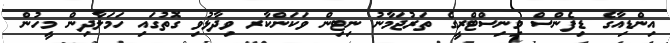
އިންޑިއާގެ ޑިފެންސް މިނިސްޓްރީގެ ތަރުޖަމާނު ނިޓިން ވަކަންކާރ ވިދާޅުވި ގޮތުގައި ހަމަލާދިން މީހުން